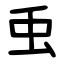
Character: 䖝